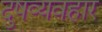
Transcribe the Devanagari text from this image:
दुषव्यवहार